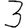
Digit: 3